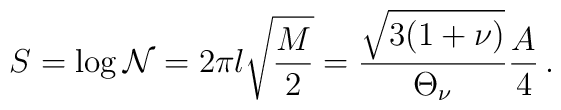
S=\log {\cal N}=2\pi l\sqrt{\frac{M}{2}}=\frac{\sqrt{3(1+\nu )}}{\Theta _{\nu }}\frac{A}{4}\,.